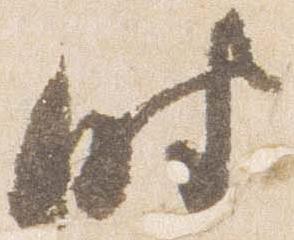
時